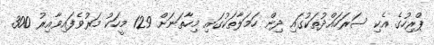
ޕްރިހުގެ އެކި ސަރަހައްދުތަކުގައި ދިން ހަމަލާތަކުގައި މިހާތަނަށް 129 މީހަކު މަރުވެފައިވާއިރު 300